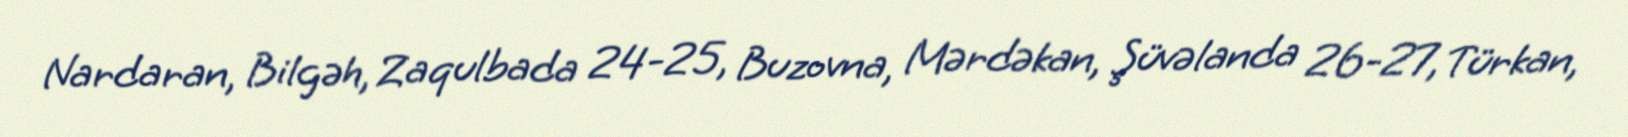
Nardaran, Bilgəh, Zaqulbada 24-25, Buzovna, Mərdəkan, Şüvəlanda 26-27, Türkan,